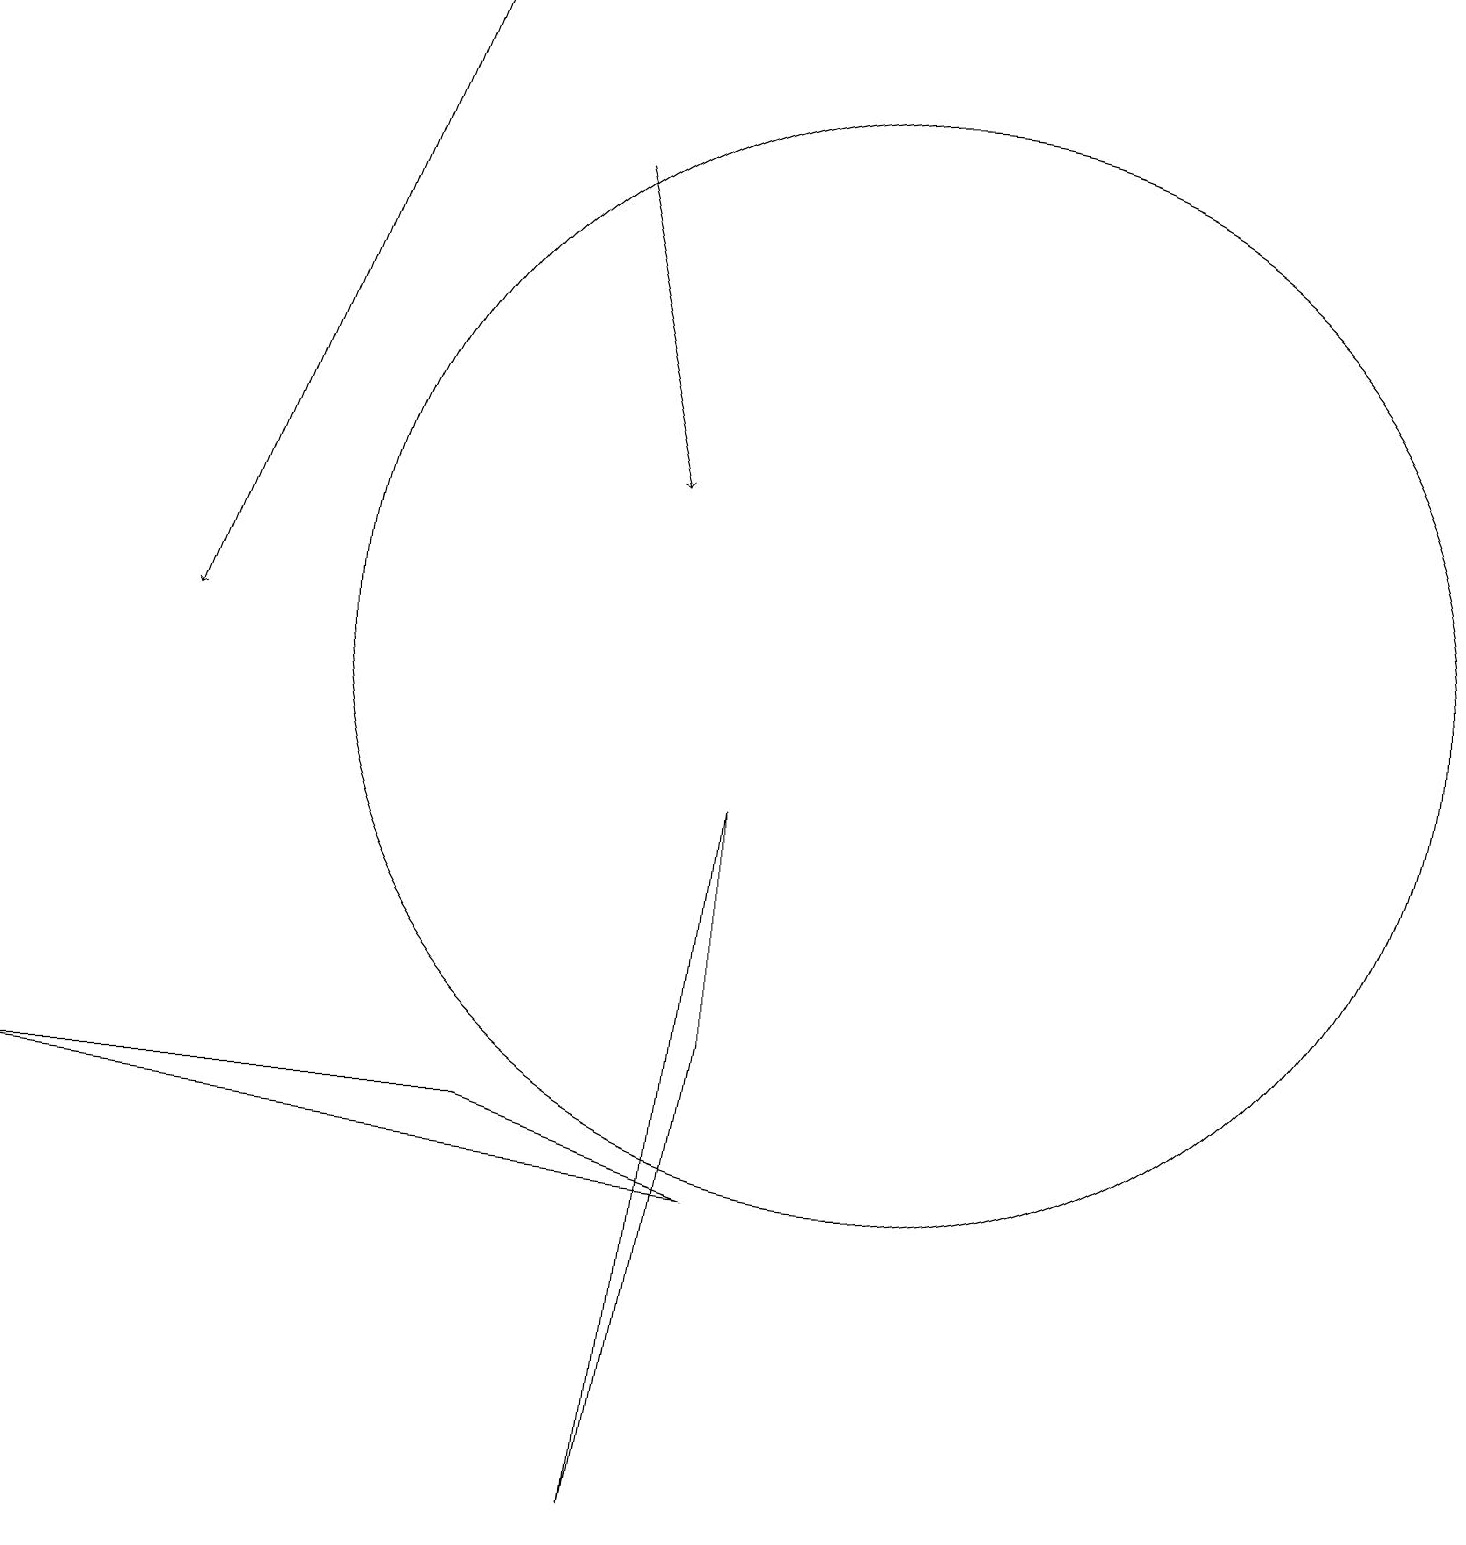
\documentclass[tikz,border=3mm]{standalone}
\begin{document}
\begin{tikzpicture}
\draw (11,11) circle (7);
\draw[->] (7,17) -- (8,13);
\draw (9,6) -- (9,9) -- (8,0) -- cycle;
\draw[->] (5,19) -- (2,11);
\draw (6,5) -- (9,4) -- (0,5) -- cycle;
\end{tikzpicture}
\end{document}